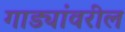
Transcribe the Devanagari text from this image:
गाड्यांवरील